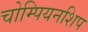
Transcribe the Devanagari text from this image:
चोम्पियनशिप